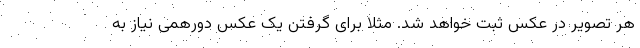
هر تصویر در عکس ثبت خواهد شد. مثلا برای گرفتن یک عکس دورهمی نیاز به